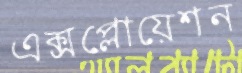
এক্সপ্লোয়েশন